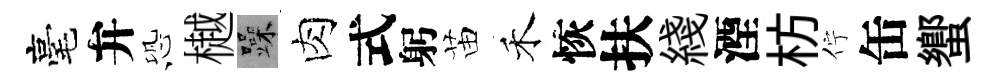
毫弁恐樾躁肉式躬苗禾恢扶綫湮枋佇缶蠁